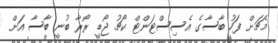
މެޗަށް ފަހު ބާސާގެ އެސިސްޓަންޓް ކޯޗު ޖޯޑީ ރޯރާ ބުނީ ބާސާ އަށް